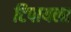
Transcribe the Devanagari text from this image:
टिपायला